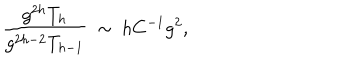
\frac { g ^ { 2 h } T _ { h } } { g ^ { 2 h - 2 } T _ { h - 1 } } \ \sim \ h C ^ { - 1 } g ^ { 2 } ,